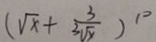
( \sqrt { x } + \frac { 3 } { \sqrt [ 3 ] { x } } ) ^ { 1 0 }